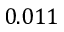
0 . 0 1 1